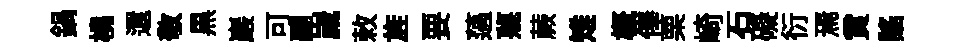
鍋橈還敬黒巖可翮嵗敕旌要薖蔑蕨雉槪俸栗崎石礙衍焉賞謡